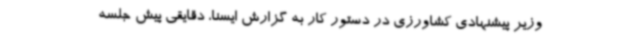
وزیر پیشنهادی کشاورزی در دستور کار به گزارش ایسنا، دقایقی پیش جلسه